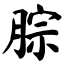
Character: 腙